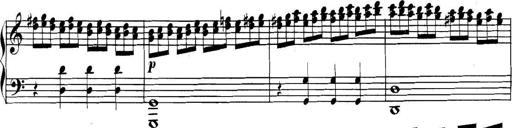
Title: Collected Piano Sonatas
Composer: Muzio Clementi